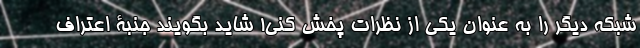
شبکه دیگر را به عنوان یکی از نظرات پخش کنی! شاید بگویند جنبۀ اعتراف